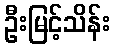
ဦးမြင့်သိန်း